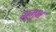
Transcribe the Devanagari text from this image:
शुम्भ्